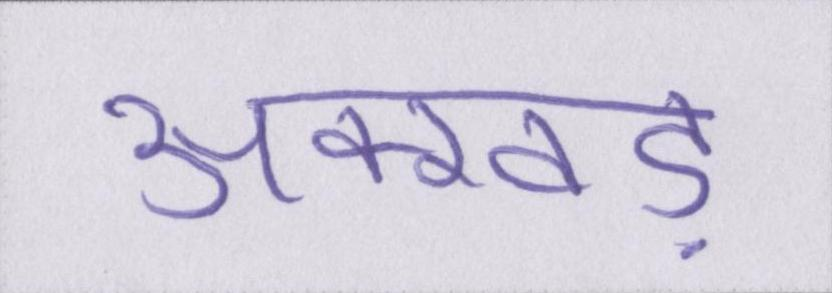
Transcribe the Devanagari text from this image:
अक्खड़